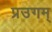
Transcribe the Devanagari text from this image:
प्रउगम्